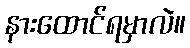
နားထောင်ရမှာလဲ။